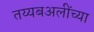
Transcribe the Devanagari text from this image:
तय्यबअलींच्या